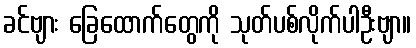
ခင်ဗျား ခြေထောက်တွေကို သုတ်ပစ်လိုက်ပါဦးဗျာ။